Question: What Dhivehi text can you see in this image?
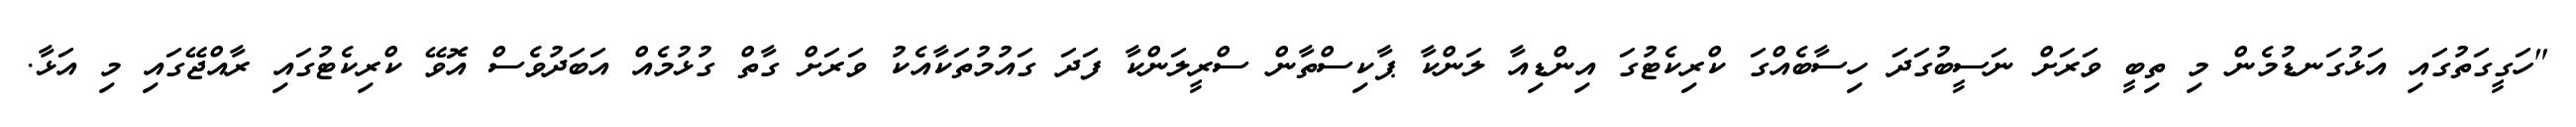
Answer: "ހަގީގަތުގައި އަޅުގަނޑުމެން މި ތިބީ ވަރަށް ނަސީބުގަދަ ހިސާބެއްގަ ކްރިކެޓުގަ އިންޑިއާ ލަންކާ ޕާކިސްތާން ސްރީލަންކާ ފަދަ ގައުމުތަކާއެކު ވަރަށް ގާތް ގުޅުމެއް އަބަދުވެސް އޮވޭ ކްރިކެޓުގައި ރާއްޖޭގައި މި އަޅާ.